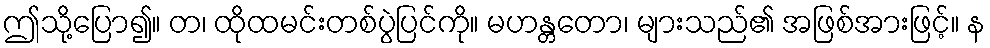
ဤသို့ပြော၍။ တ၊ ထိုထမင်းတစ်ပွဲပြင်ကို။ မဟန္တတော၊ များသည်၏ အဖြစ်အားဖြင့်။ န